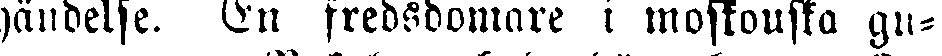
händelse. En fredsdomare i moskouska gu-